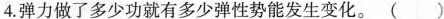
4.弹力做了多少功就有多少弹性势能发生变化。 （ ）